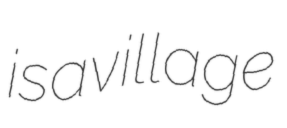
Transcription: is a village